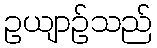
ဥယျာဉ်သည်